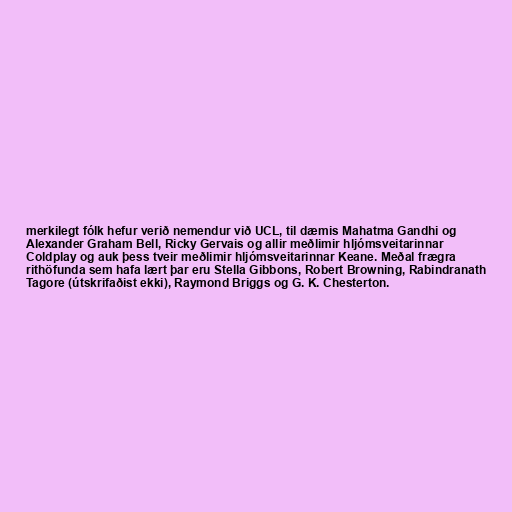
merkilegt fólk hefur verið nemendur við UCL, til dæmis Mahatma Gandhi og
Alexander Graham Bell, Ricky Gervais og allir meðlimir hljómsveitarinnar
Coldplay og auk þess tveir meðlimir hljómsveitarinnar Keane. Meðal frægra
rithöfunda sem hafa lært þar eru Stella Gibbons, Robert Browning, Rabindranath
Tagore (útskrifaðist ekki), Raymond Briggs og G. K. Chesterton.